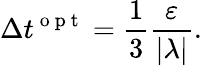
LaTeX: \Delta t^{\mathrm{~o~p~t~}}=\frac{1}{3}\frac{\varepsilon}{|\lambda|}.